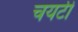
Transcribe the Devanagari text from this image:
चयटी